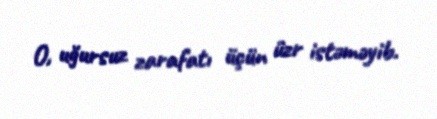
O, uğursuz zarafatı üçün üzr istəməyib.